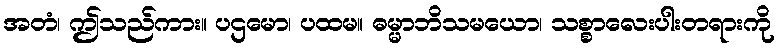
အတံ၊ ဤသည်ကား။ ပဌမော၊ ပထမ။ ဓမ္မာဘိသမယော၊ သစ္စာလေးပါးတရားကို